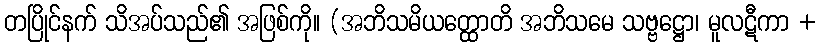
တပြိုင်နက် သိအပ်သည်၏ အဖြစ်ကို။ (အဘိသမိယတ္ထောတိ အဘိသမေ သဗ္ဗဋ္ဌော၊ မူလဋီကာ +